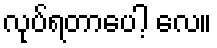
လုပ်ရတာပေါ့ လေ။